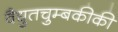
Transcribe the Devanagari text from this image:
वैद्युतचुम्बकीकी